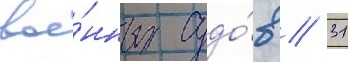
вое́нных судо́в // 31